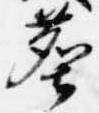
塵